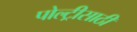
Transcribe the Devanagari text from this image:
पोल्ट्रीसाठी